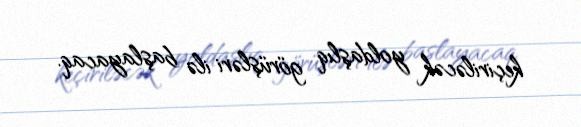
keçiriləcək yoldaşlıq görüşləri ilə başlayacaq.